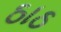
ઠાઠ